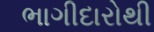
ભાગીદારોથી